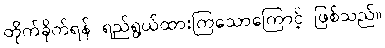
တိုက်ခိုက်ရန် ရည်ရွယ်ထားကြသောကြောင့် ဖြစ်သည်။